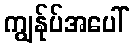
ကျွန်ုပ်အပေါ်